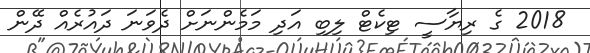
2018 ގެ ރިޔާސީ ޓިކެޓް ލިބި އަދި މަމެންނަށް ދެވަނަ ދައުރެއް ދޭން